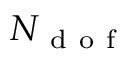
N _ { \mathrm { ~ d ~ o ~ f ~ } }